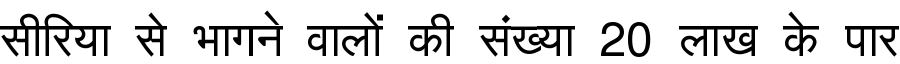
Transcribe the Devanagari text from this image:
सीरिया से भागने वालों की संख्या 20 लाख के पार